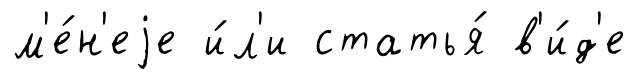
м'е́н'еjе и́л'и статья́ в'и́д'е